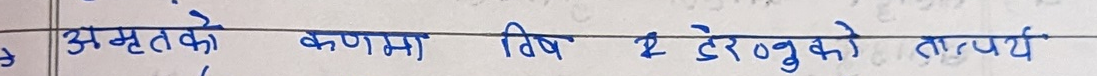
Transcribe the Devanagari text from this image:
अमृतको कणमा विष २ डेनुको तात्पर्य